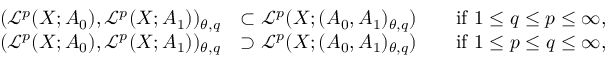
\begin{array} { r l r l } { ( \mathcal L ^ { p } ( X ; A _ { 0 } ) , \mathcal L ^ { p } ( X ; A _ { 1 } ) ) _ { \theta , q } } & { \subset \mathcal L ^ { p } ( X ; ( A _ { 0 } , A _ { 1 } ) _ { \theta , q } ) } & & { \mathrm { i f ~ } 1 \leq q \leq p \leq \infty , } \\ { ( \mathcal L ^ { p } ( X ; A _ { 0 } ) , \mathcal L ^ { p } ( X ; A _ { 1 } ) ) _ { \theta , q } } & { \supset \mathcal L ^ { p } ( X ; ( A _ { 0 } , A _ { 1 } ) _ { \theta , q } ) } & & { \mathrm { i f ~ } 1 \leq p \leq q \leq \infty , } \end{array}